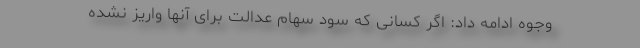
وجوه ادامه داد: اگر کسانی که سود سهام عدالت برای آنها واریز نشده